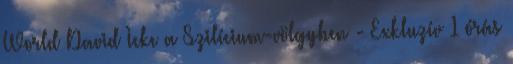
World David Icke a Szilícium-völgyben - Exkluzív 1 órás